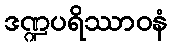
ဒဏ္ဍပရိဿာဝနံ